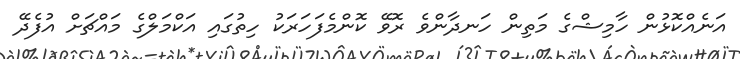
އަނެއްކޮޅުން ހާމިޝްގެ މަތިން ހަނދާންވެ ރޮވޭ ކޮންމެފަހަރަކު ހިތުގައި އަކްމަލްގެ މައްޗަށް އުފެދޭ